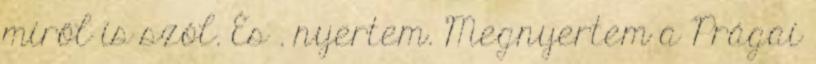
miről is szól. És . nyertem. Megnyertem a Prágai